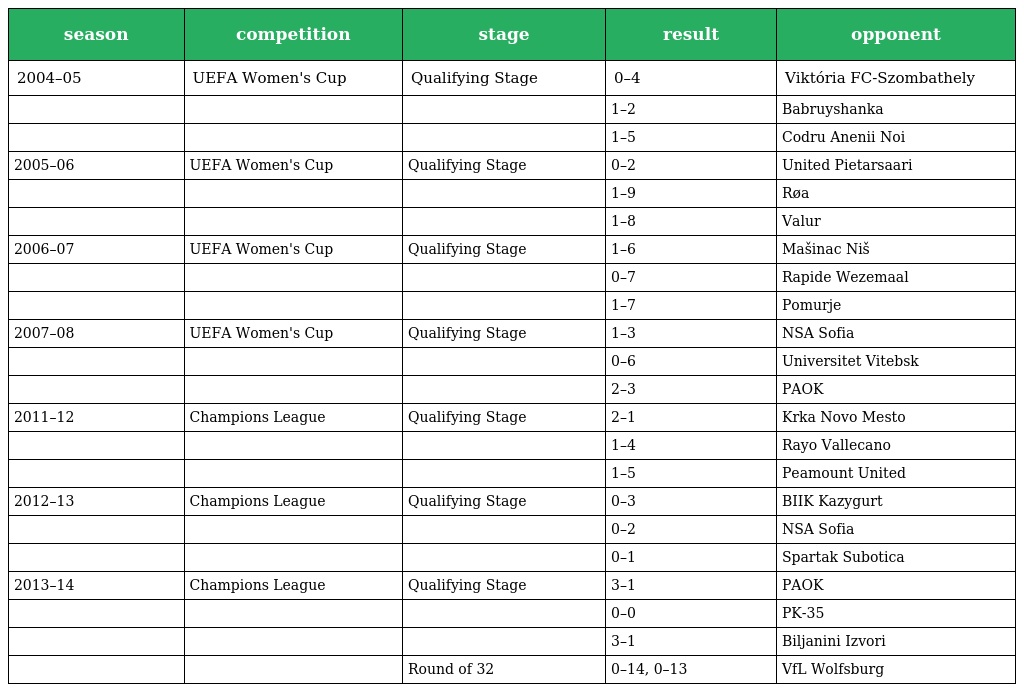
| season | competition | stage | result | opponent |
 | --- | --- | --- | --- | --- |
 | 2004–05 | UEFA Women's Cup | Qualifying Stage | 0–4 | Viktória FC-Szombathely |
 |  |  |  | 1–2 | Babruyshanka |
 |  |  |  | 1–5 | Codru Anenii Noi |
 | 2005–06 | UEFA Women's Cup | Qualifying Stage | 0–2 | United Pietarsaari |
 |  |  |  | 1–9 | Røa |
 |  |  |  | 1–8 | Valur |
 | 2006–07 | UEFA Women's Cup | Qualifying Stage | 1–6 | Mašinac Niš |
 |  |  |  | 0–7 | Rapide Wezemaal |
 |  |  |  | 1–7 | Pomurje |
 | 2007–08 | UEFA Women's Cup | Qualifying Stage | 1–3 | NSA Sofia |
 |  |  |  | 0–6 | Universitet Vitebsk |
 |  |  |  | 2–3 | PAOK |
 | 2011–12 | Champions League | Qualifying Stage | 2–1 | Krka Novo Mesto |
 |  |  |  | 1–4 | Rayo Vallecano |
 |  |  |  | 1–5 | Peamount United |
 | 2012–13 | Champions League | Qualifying Stage | 0–3 | BIIK Kazygurt |
 |  |  |  | 0–2 | NSA Sofia |
 |  |  |  | 0–1 | Spartak Subotica |
 | 2013–14 | Champions League | Qualifying Stage | 3–1 | PAOK |
 |  |  |  | 0–0 | PK-35 |
 |  |  |  | 3–1 | Bilјanini Izvori |
 |  |  | Round of 32 | 0–14, 0–13 | VfL Wolfsburg |